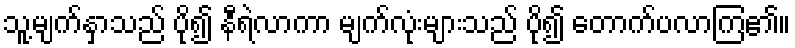
သူ့မျက်နှာသည် ပို၍ နီရဲလာကာ မျက်လုံးများသည် ပို၍ တောက်ပလာကြ၏။